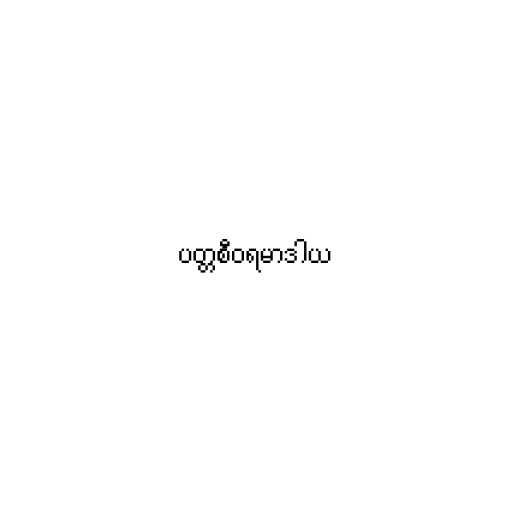
ပတ္တစီဝရမာဒါယ